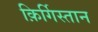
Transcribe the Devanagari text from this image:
क़िर्गिस्तान